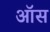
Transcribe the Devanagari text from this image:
ऑस